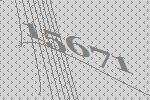
15671